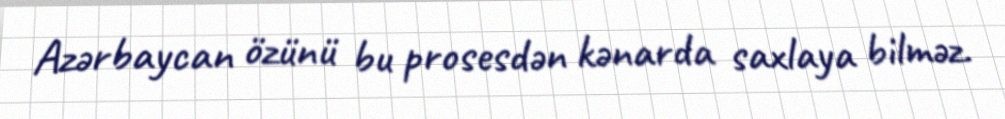
Azərbaycan özünü bu prosesdən kənarda saxlaya bilməz.